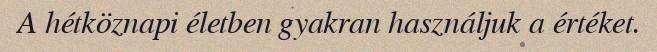
A hétköznapi életben gyakran használjuk a értéket.